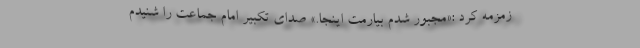
زمزمه کرد :«مجبور شدم بیارمت اینجا.» صدای تکبیر امام جماعت را شنیدم